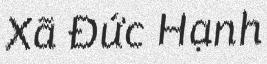
Xã Đức Hạnh